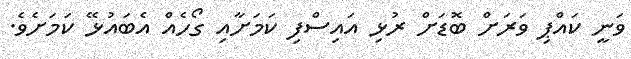
ވަނީ ކައްޕި ވަރަށް ބޮޑަށް ރުޅި އައިސްފި ކަމަށާއި ގޯހެއް އެބައުޅޭ ކަމަށެވެ.